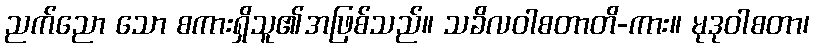
ညက်ညော သော စကားရှိသူ၏အဖြစ်သည်။ သခိလဝါစတာတိ-ကား။ မုဒုဝါစတာ၊